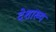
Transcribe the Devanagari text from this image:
देशाख्य